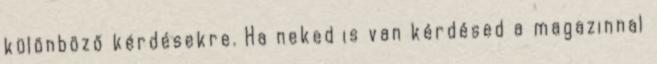
különböző kérdésekre. Ha neked is van kérdésed a magazinnal